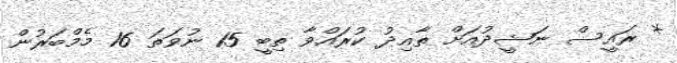
* ރައީސް ނަޝީދުއަށް ތާއިދު ކުރައްްވާ ތިބީ 15 ނުވަތަ 16 މެމްބަރުން